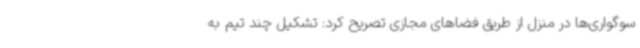
سوگواری‌ها در منزل از طریق فضاهای مجازی تصریح کرد: تشکیل چند تیم به